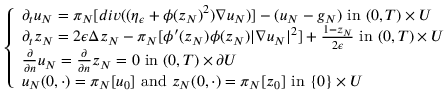
\left\{ \begin{array} { l l } { \partial _ { t } u _ { N } = \pi _ { N } [ d i v ( ( \eta _ { \epsilon } + \phi ( z _ { N } ) ^ { 2 } ) \nabla u _ { N } ) ] - ( u _ { N } - g _ { N } ) \mathrm { ~ i n ~ } ( 0 , T ) \times U } \\ { \partial _ { t } z _ { N } = 2 \epsilon \Delta z _ { N } - \pi _ { N } [ \phi ^ { \prime } ( z _ { N } ) \phi ( z _ { N } ) | \nabla u _ { N } | ^ { 2 } ] + \frac { 1 - z _ { N } } { 2 \epsilon } \mathrm { ~ i n ~ } ( 0 , T ) \times U } \\ { \frac { \partial } { \partial n } u _ { N } = \frac { \partial } { \partial n } z _ { N } = 0 \mathrm { ~ i n ~ } ( 0 , T ) \times \partial U } \\ { u _ { N } ( 0 , \cdot ) = \pi _ { N } [ u _ { 0 } ] \mathrm { ~ a n d ~ } z _ { N } ( 0 , \cdot ) = \pi _ { N } [ z _ { 0 } ] \mathrm { ~ i n ~ } \{ 0 \} \times U } \end{array} \right.